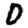
Digit: 0